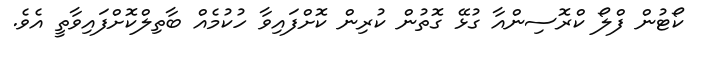
ކޯޓުން ފްލޯ ކްރޮސިންއާ ގުޅޭ ގޮތުން ކުރިން ކޮށްފައިވާ ހުކުމެއް ބާތިލްކޮށްފައިވާތީ އެވެ.